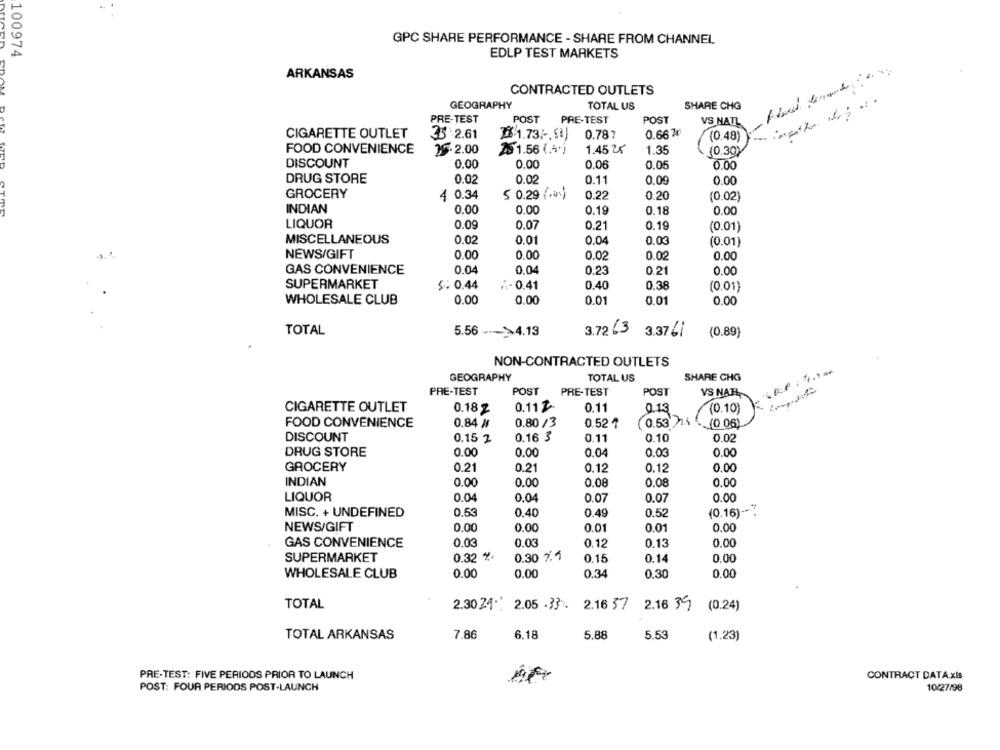
GPC SHARE PERFORMANCE - SHARE FROM CHANNEL
100974
EDLP TEST MARKETS
ARKANSAS
CONTRACTED OUTLETS
GEOGRAPHY
TOTAL US
SHARE CHG
PRE-TEST
POST
PRE-TEST
POST
VS NATL
CIGARETTE OUTLET
35 2.61
28 1.73/ -. S&)
0.787
0.66?€
(0.48)
FOOD CONVENIENCE
2.2.00
AS 1.56 (.4")
1.45 25
1.35
(0.30)
DISCOUNT
0.00
0.00
0.06
0.05
0.00
DRUG STORE
0.02
0.02
0.11
0.09
0.00
GROCERY
4 0.34
5 0.29 (.)
0.22
0.20
(0.02)
INDIAN
0.00
0.00
0.19
0.18
0.00
LIQUOR
0.09
0.07
0.21
0.19
(0.01)
MISCELLANEOUS
0.02
0.01
0.04
0.03
(0.01)
NEWS/GIFT
0.00
0.00
0.02
0.02
0.00
GAS CONVENIENCE
0.04
0.04
0.23
0.21
0.00
SUPERMARKET
5. 0.44
0.41
0.40
0.38
(0.01)
WHOLESALE CLUB
0.00
0.00
0.01
0.01
0.00
TOTAL
5.56 --- >4.13
3.72 43 3.376
(0.89)
NON-CONTRACTED OUTLETS
GEOGRAPHY
TOTAL US
SHARE CHG
PRE-TEST
POST
POST
PRE-TEST
VS NAHL
CIGARETTE OUTLET
0.18 Z
0.11 Z-
0.11
0.13
(0.10)
FOOD CONVENIENCE
0.84 #
0.80 /3
0.52 7
(0.53 )14
(0.06)
DISCOUNT
0.15 2
0.16 3
0.11
0.10
0.02
DRUG STORE
0.00
0.00
0.04
0.03
0.00
GROCERY
0.21
0.21
0.12
0.12
0.00
INDIAN
0.00
0.00
0.08
0.08
0.00
LIQUOR
0.04
0.04
0.07
0.07
0.00
MISC. + UNDEFINED
0.53
0.40
0.49
0.52
(0.16) -*
NEWS/GIFT
0.00
0.00
0.01
0.01
0.00
GAS CONVENIENCE
0.03
0.03
0.12
0.13
0.00
SUPERMARKET
0.32 %*
0.30 7.1
0.15
0.14
0.00
WHOLESALE CLUB
0.00
0.00
0.34
0.30
0.00
TOTAL
2.3024 *: 2.05 .33%
2.16 37
2.16 39
(0.24)
TOTAL ARKANSAS
7.86
6.18
5.88
5.53
(1.23)
CONTRACT DATA xIs
PRE-TEST: FIVE PERIODS PRIOR TO LAUNCH
POST: FOUR PERIODS POST-LAUNCH
10/27/98